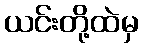
ယင်းတို့ထဲမှ